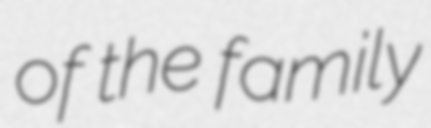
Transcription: of the family